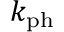
k _ { \mathrm { p h } }